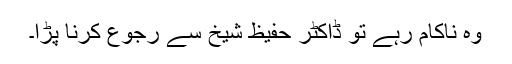
وہ ناکام رہے تو ڈاکٹر حفیظ شیخ سے رجوع کرنا پڑا۔